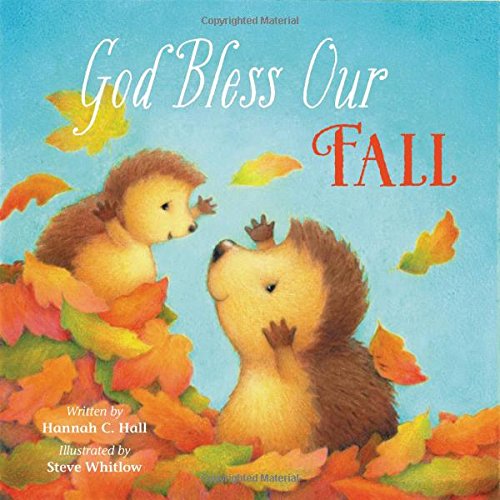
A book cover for God Bless Our Fall; Hannah Hall; Children's Books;